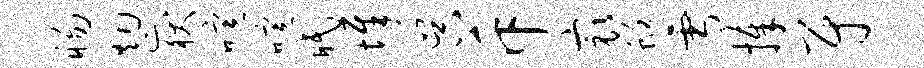
惕烟岳喧喧眠墀吴斥最蜓雪捧尉